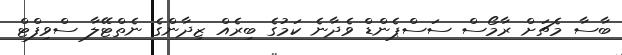
ބާސާ މެޗަށް ރާމޯސް ސަސްޕެންޑް ވެދާނެ ކަމުގެ ބިރެއް ޒިދާންގެ ނެތްޓޭލާ ސްވިފްޓް